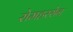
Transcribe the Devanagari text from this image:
रोमहरसेन